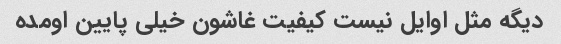
دیگه مثل اوایل نیست کیفیت غاشون خیلی پایین اومده